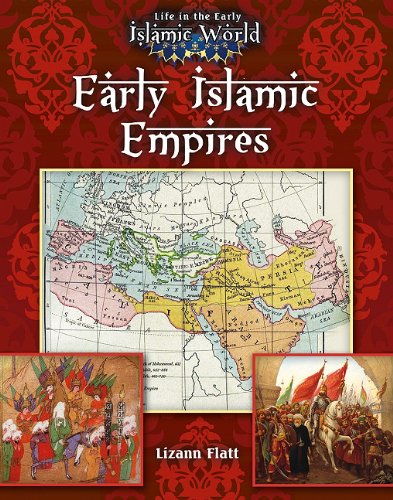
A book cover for Early Islamic Empires (Life in the Early Islamic World); Lizann Flatt; Children's Books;